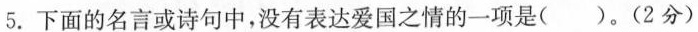
5.下面的名言或诗句中，没有表达爱国之情的一项是()。(2分)